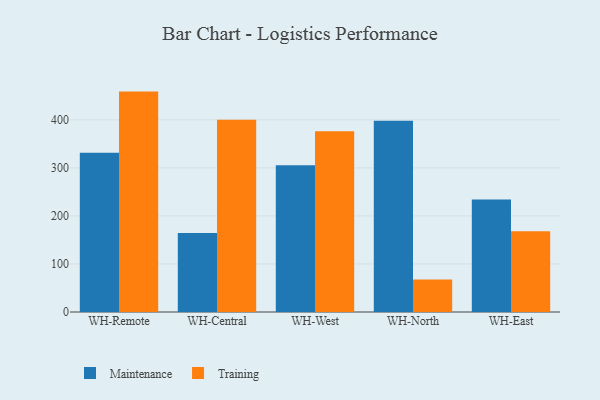
{"axis": {"x": "Warehouse", "y": "Headcount"}, "legend": ["Maintenance", "Training"], "data": [{"x": "WH-Remote", "y": 331.7, "type": "Maintenance"}, {"x": "WH-Remote", "y": 458.8, "type": "Training"}, {"x": "WH-Central", "y": 164.4, "type": "Maintenance"}, {"x": "WH-Central", "y": 400.4, "type": "Training"}, {"x": "WH-West", "y": 305.3, "type": "Maintenance"}, {"x": "WH-West", "y": 376.2, "type": "Training"}, {"x": "WH-North", "y": 398.1, "type": "Maintenance"}, {"x": "WH-North", "y": 67.7, "type": "Training"}, {"x": "WH-East", "y": 234.4, "type": "Maintenance"}, {"x": "WH-East", "y": 168.0, "type": "Training"}]}